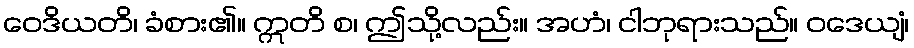
ဝေဒိယတိ၊ ခံစား၏။ ဣတိ စ၊ ဤသို့လည်း။ အဟံ၊ ငါဘုရားသည်။ ဝဒေယျံ၊